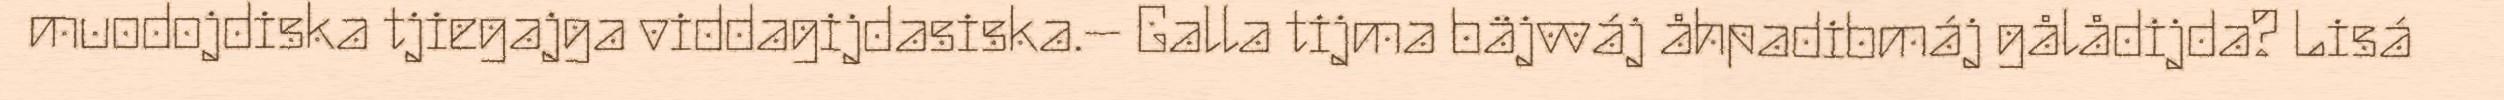
muodojdiska tjiegajga viddagijdasiska.– Galla tijma bäjvváj åhpadibmáj gålådijda? Lisá